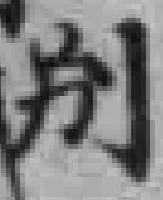
别